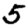
Digit: 5